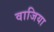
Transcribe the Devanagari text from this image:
वाजिया